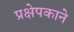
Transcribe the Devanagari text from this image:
प्रक्षेपकाने